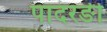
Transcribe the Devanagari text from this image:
पादरङी